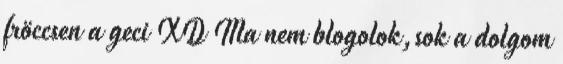
fröccsen a geci XD Ma nem blogolok,sok a dolgom